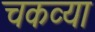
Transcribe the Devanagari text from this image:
चकव्या